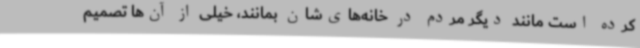
کرده است مانند دیگر مردم در خانه‌های‌شان بمانند، خیلی از آن‌ها تصمیم